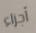
أجزاء